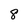
Character: 8